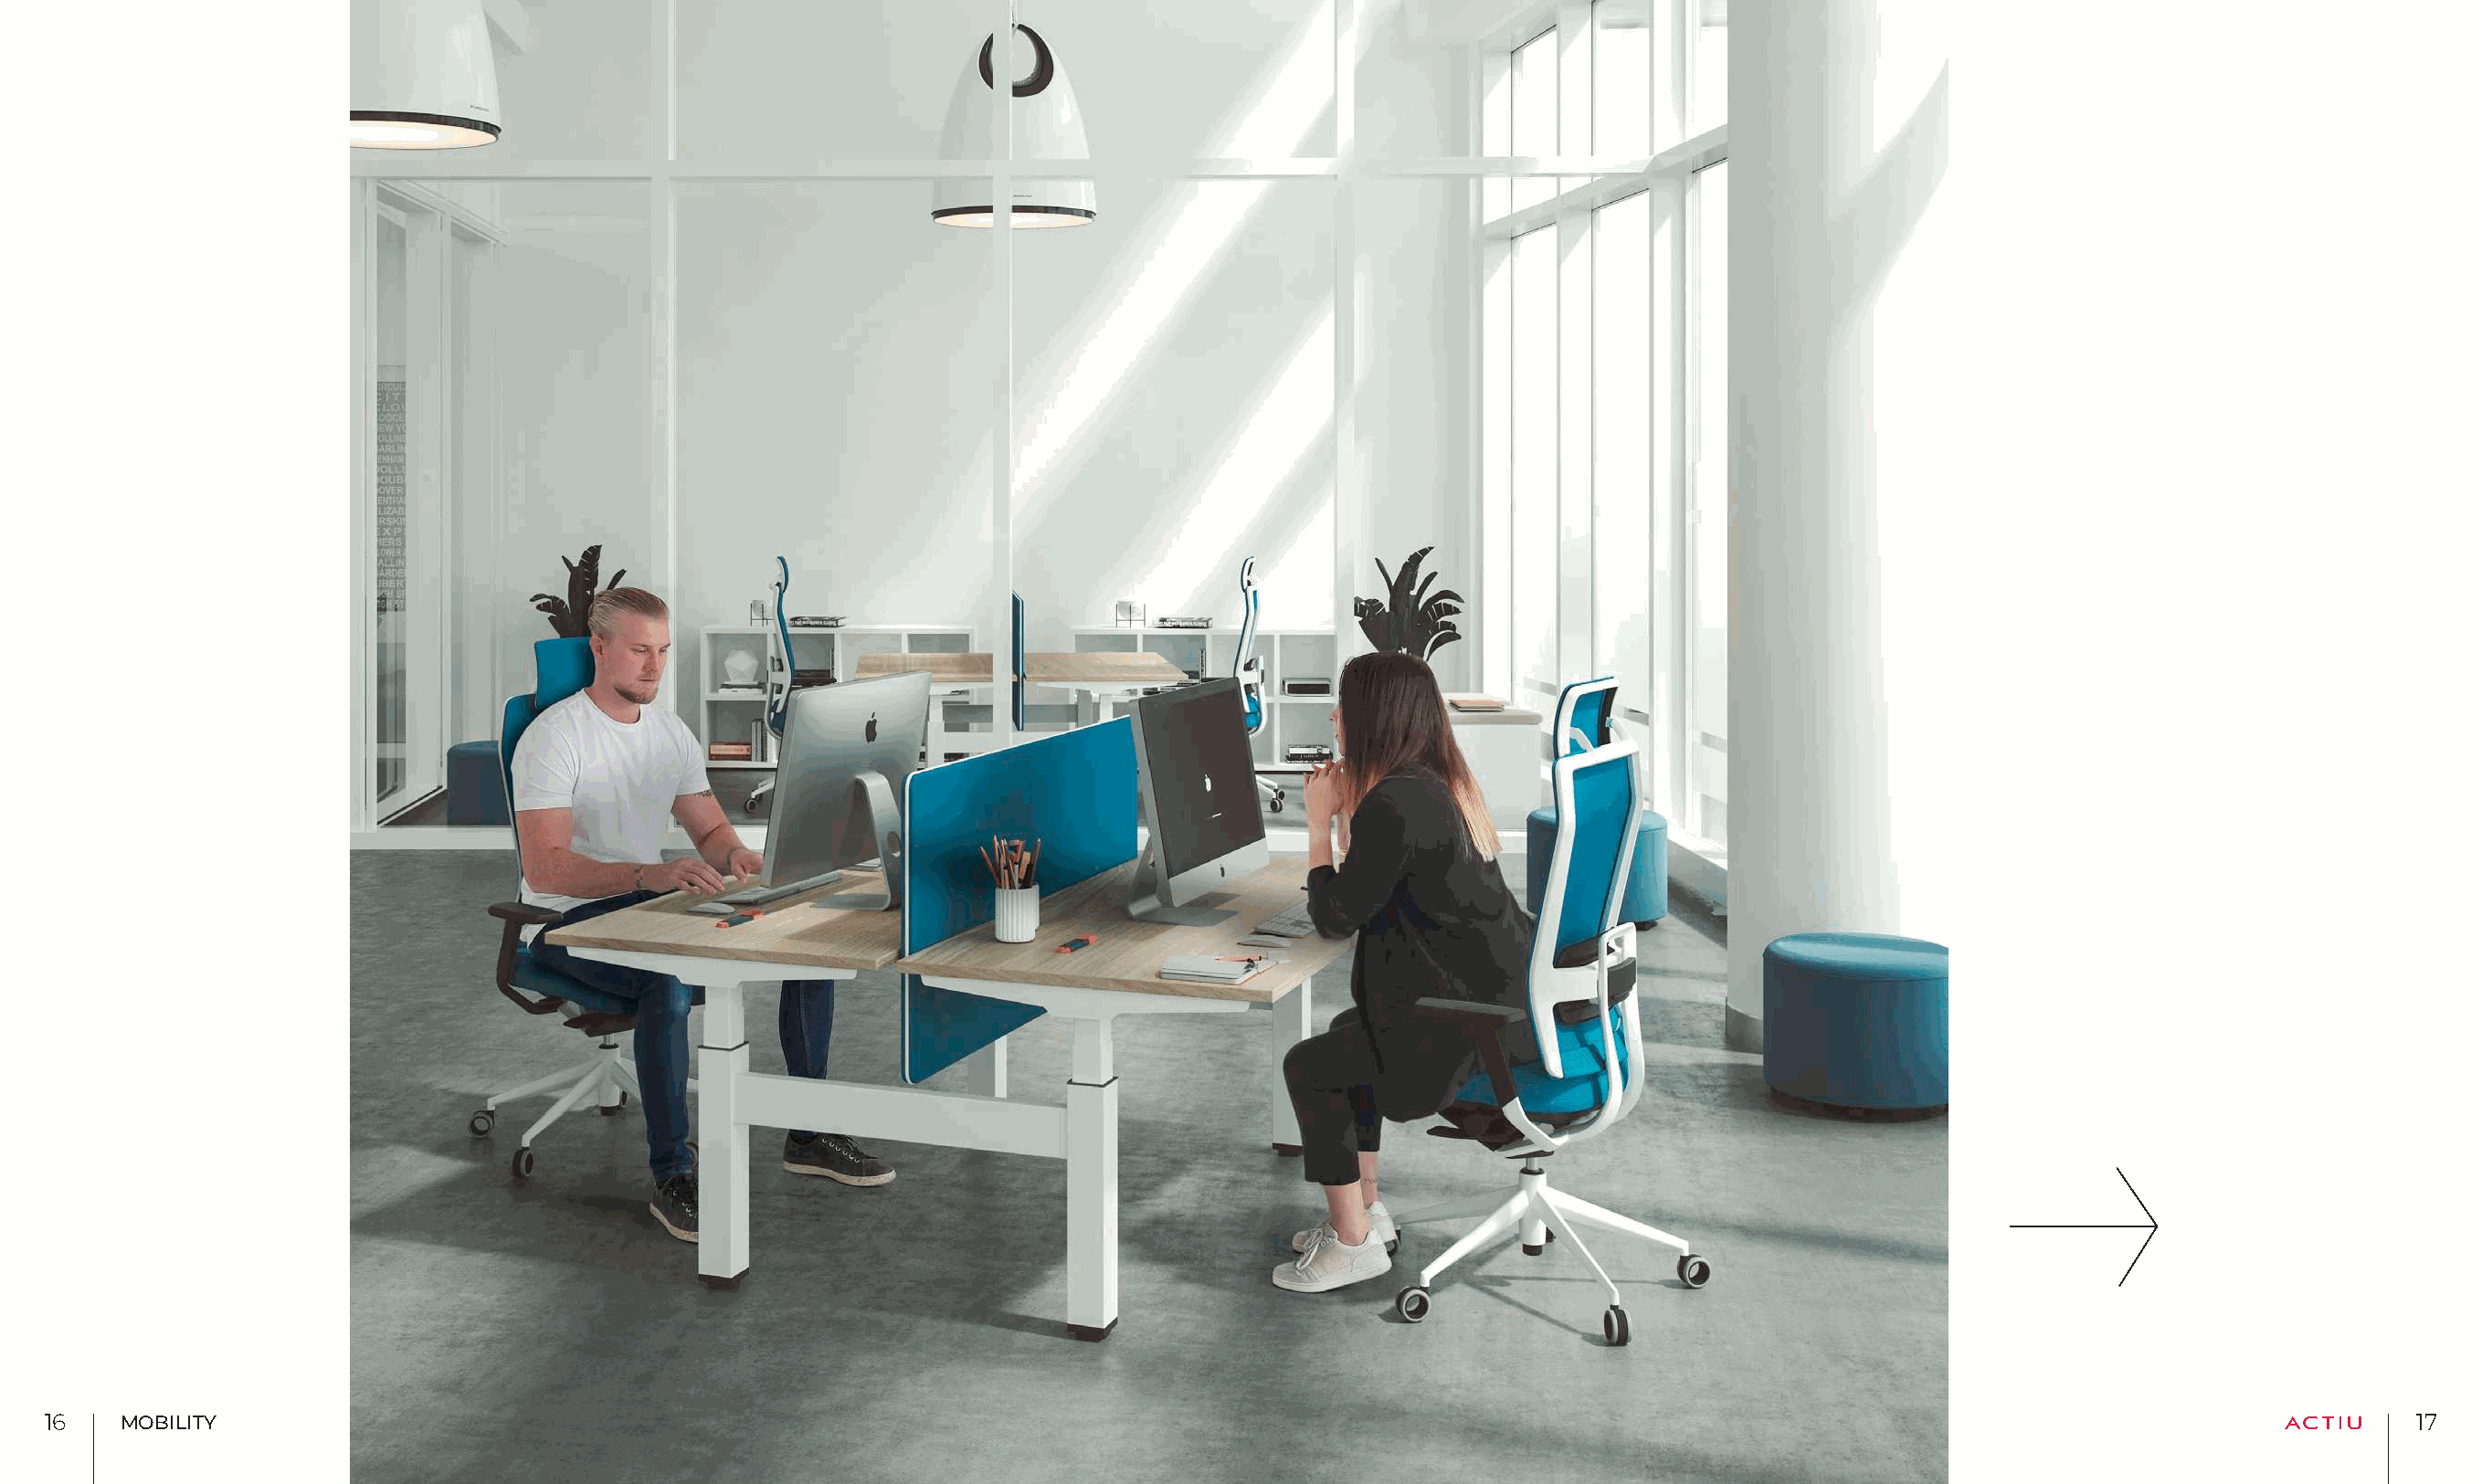
1166  MOBILITY                                                                                                                                                              1177